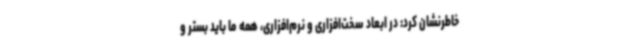
خاطرنشان کرد: در ابعاد سخت‌افزاری و نرم‌افزاری، همه ما باید بستر و